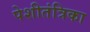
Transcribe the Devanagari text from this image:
पेशीतंत्रिका